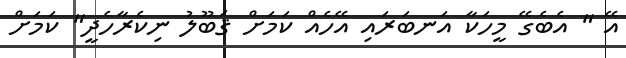
އޭ " އެބެގޭ މީހަކާ އަނބަރައި އޭހެއް ކަމަށް ޤަބޫލު ނިކެރާހެދީ" ކަމަށް